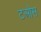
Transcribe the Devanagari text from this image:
टओस